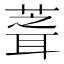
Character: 𮐘